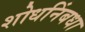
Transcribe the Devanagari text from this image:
शोधनिंबधा